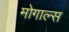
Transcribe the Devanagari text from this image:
मोगाल्स